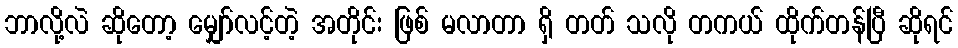
ဘာလို့လဲ ဆိုတော့ မျှော်လင့်တဲ့ အတိုင်း ဖြစ် မလာတာ ရှိ တတ် သလို တကယ် ထိုက်တန်ပြီ ဆိုရင်